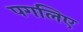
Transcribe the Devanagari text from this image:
पगलिए